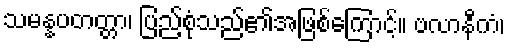
သမန္နပတတ္တာ၊ ပြည့်စုံသည်၏အဖြစ်ကြောင့်။ ဗလာနီကံ၊